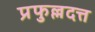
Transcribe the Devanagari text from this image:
प्रफुल्लदत्त